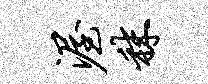
渥秣